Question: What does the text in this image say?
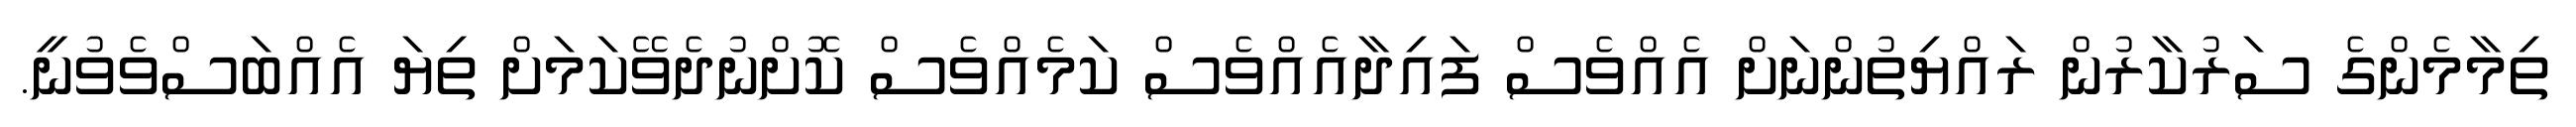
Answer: ތިމާމެންގެ ސަރުކާރުން ރައްޔިތުންނަށް އެއްވެސް ފައިދާއެއްވެސް ކަމެއްވެސް ކޮށްނުދެވޭކަމަށް ތިޔަ އެއްބަސްވެވުނީ.